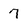
Character: 7